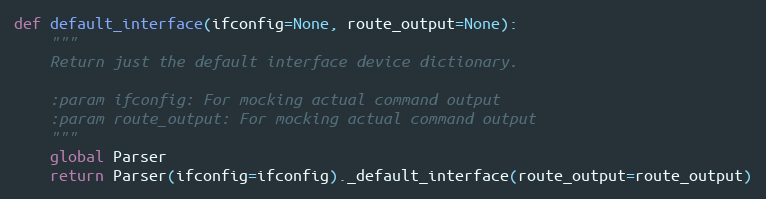
Language: Python
def default_interface(ifconfig=None, route_output=None):
    """
    Return just the default interface device dictionary.

    :param ifconfig: For mocking actual command output
    :param route_output: For mocking actual command output
    """
    global Parser
    return Parser(ifconfig=ifconfig)._default_interface(route_output=route_output)